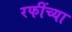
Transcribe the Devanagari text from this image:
रफींच्या